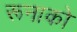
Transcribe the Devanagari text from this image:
रूनाको